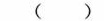
( )